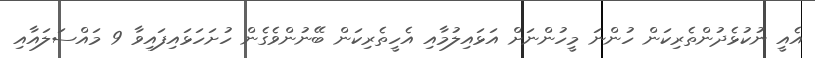
އެއީ ނުކުޅެދުންތެރިކަން ހުންނަ މީހުންނަށް އަޅައިލުމާއި އެހީތެރިކަން ބޭނުންވެގެން ހުށަހަޅައިފައިވާ 9 މައްސަލައާއި